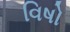
વિષો